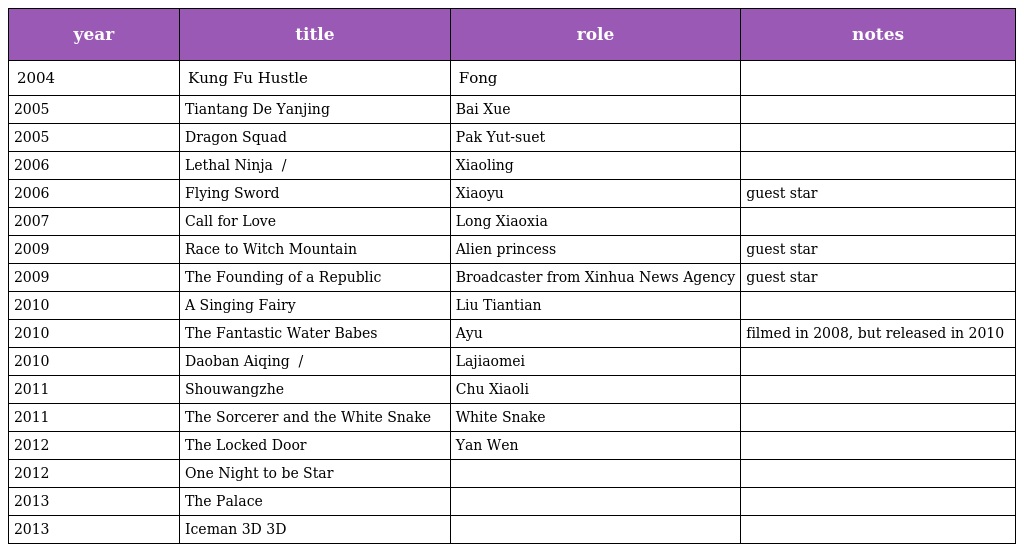
| year | title | role | notes |
 | --- | --- | --- | --- |
 | 2004 | Kung Fu Hustle 功夫 | Fong |  |
 | 2005 | Tiantang De Yanjing 天堂的眼睛 | Bai Xue |  |
 | 2005 | Dragon Squad 猛龙 | Pak Yut-suet |  |
 | 2006 | Lethal Ninja 战神再现 / 终极忍者 | Xiaoling |  |
 | 2006 | Flying Sword 飞刀 | Xiaoyu | guest star |
 | 2007 | Call for Love 爱情呼叫转移 | Long Xiaoxia |  |
 | 2009 | Race to Witch Mountain 超异能冒险 | Alien princess | guest star |
 | 2009 | The Founding of a Republic 建国大业 | Broadcaster from Xinhua News Agency | guest star |
 | 2010 | A Singing Fairy 寻找刘三姐 | Liu Tiantian |  |
 | 2010 | The Fantastic Water Babes 出水芙蓉 | Ayu | filmed in 2008, but released in 2010 |
 | 2010 | Daoban Aiqing 盗版爱情 / 工仔之恋 | Lajiaomei |  |
 | 2011 | Shouwangzhe 守望者：罪恶迷途 | Chu Xiaoli |  |
 | 2011 | The Sorcerer and the White Snake 白蛇传说 | White Snake |  |
 | 2012 | The Locked Door 女人如花 | Yan Wen |  |
 | 2012 | One Night to be Star 一夜成名 |  |  |
 | 2013 | The Palace |  |  |
 | 2013 | Iceman 3D 3D冰封俠 |  |  |